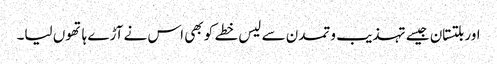
اور بلتستان جیسے تہذیب و تمدن سے لیس خطے کو بھی اس نے آڑے ہاتھوں لیا۔